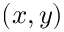
( x , y )